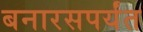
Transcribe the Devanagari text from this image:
बनारसपर्यंत